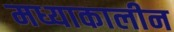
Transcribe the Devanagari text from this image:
मध्याकालीन